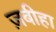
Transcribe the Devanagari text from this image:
ज़बीहा